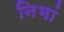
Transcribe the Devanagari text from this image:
निभां